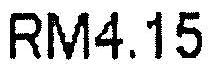
RM4.15